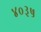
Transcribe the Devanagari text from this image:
४०३५